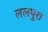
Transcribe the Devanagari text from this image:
ललपुरा